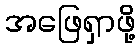
အဖြေရှာဖို့